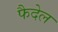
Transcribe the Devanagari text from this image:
फैदेल